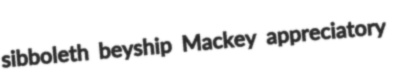
sibboleth beyship Mackey appreciatory